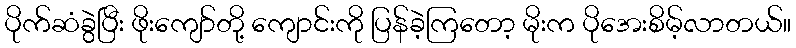
ပိုက်ဆံခွဲပြီး ဖိုးကျော်တို့ ကျောင်းကို ပြန်ခဲ့ကြတော့ မိုးက ပိုအေးစိမ့်လာတယ်။